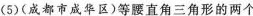
(5)(成都市成华区)等腰直角三角形的两个